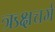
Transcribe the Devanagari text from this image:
ऋक्षचर्म